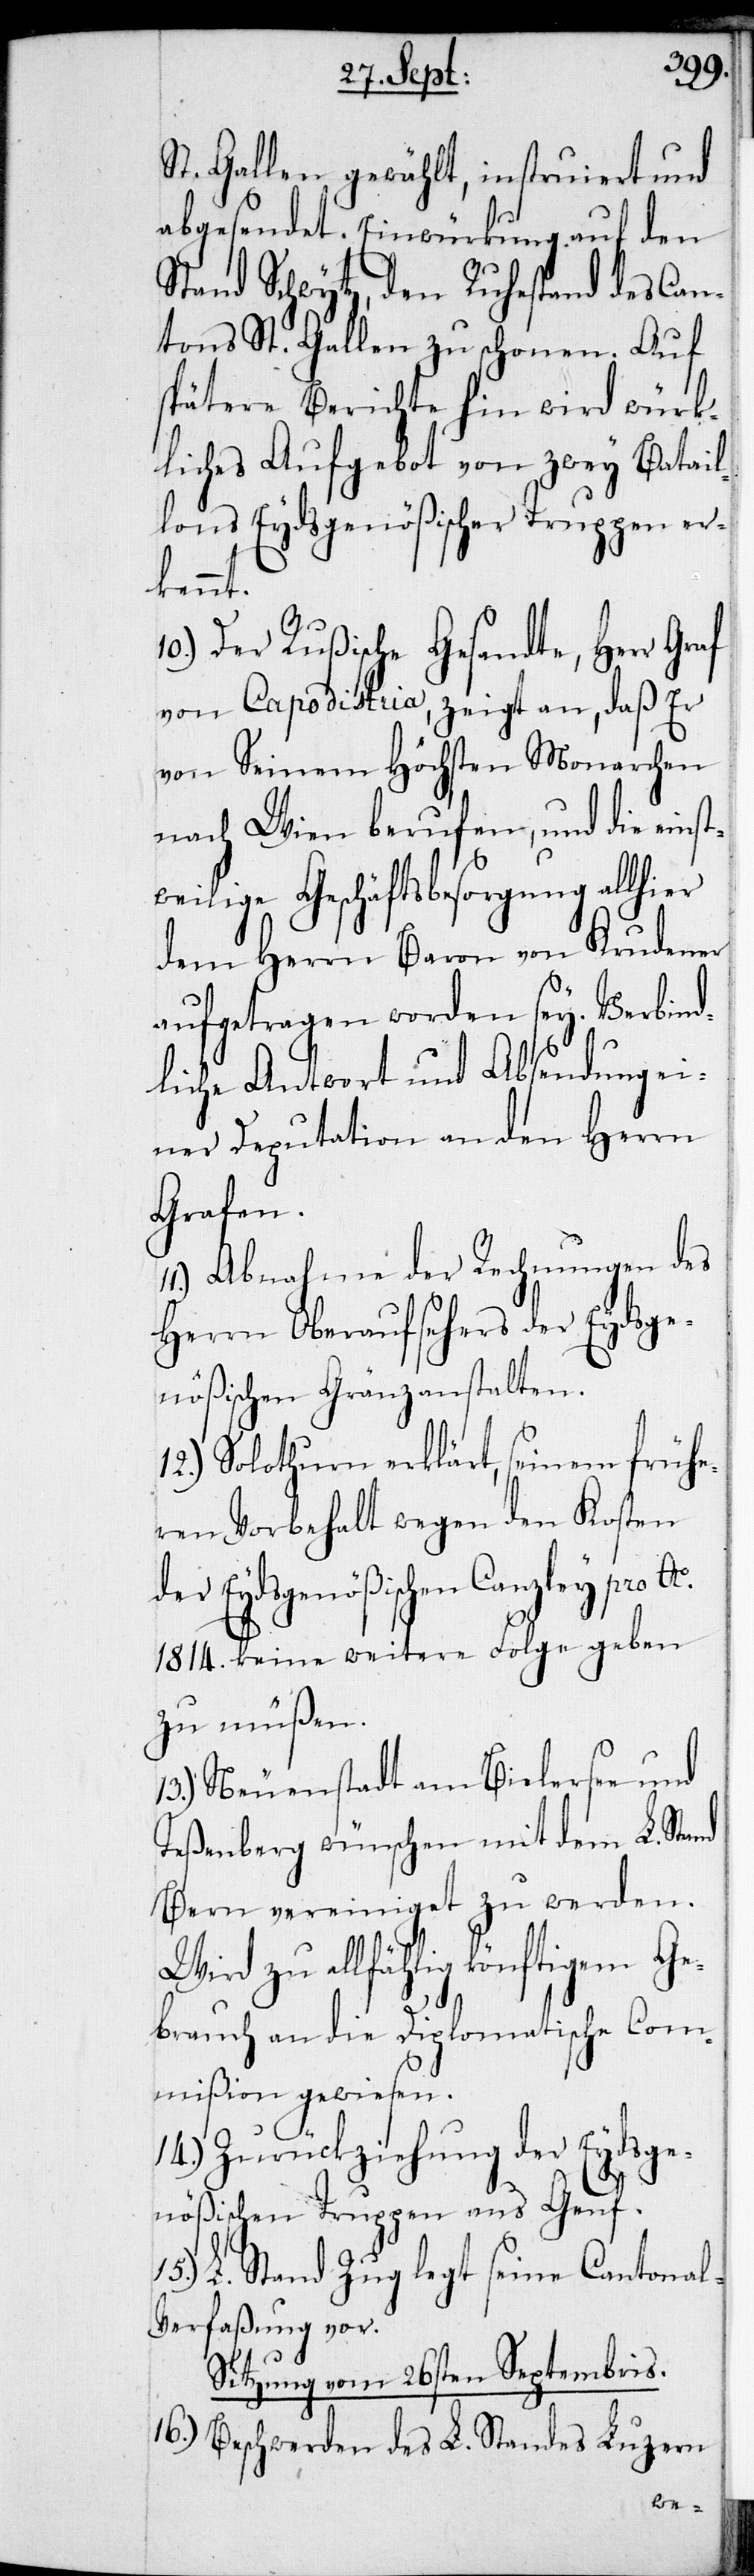
St. Gallen gewählt, instruiert und
abgesendet. Einwürkung auf den
Stand Schwytz, den Ruhestand des Can¬
tons St. Gallen zu schonen. Auf
spätere Berichte hin wird würk¬
liches Aufgebot von zwey Batail¬
lons Eydsgenößischer Truppen er¬
kennt.
10.) Der Rußische Gesandte, Herr Graf
von Capodistria, zeigt an, daß Er
von Seinem Höchsten Monarchen
nach Wien berufen, und die einst¬
weilige Geschäftsbesorgung allhier
dem Herrn Baron von Krudener
aufgetragen worden sey. Verbind¬
liche Antwort und Absendung ei¬
ner Deputation an den Herrn
Grafen.
11.) Abnahme der Rechnungen des
Herrn Oberaufsehers der Eydsge¬
nößischen Gränzanstalten.
12.) Solothurn erklärt, seinem frühe¬
ren Vorbehalt wegen den Kosten
der Eydsgenößischen Canzley pro Ao
1814. keine weitere Folge geben
zu müßen.
13.) Neuenstadt am Bielersee und
Teßenberg wünschen mit dem L. Stand
Bern vereiniget zu werden.
Wird zu allfählig könftigem Ge¬
brauch an die Diplomatische Com¬
mißion gewiesen.
14.) Zurückziehung der Eydsge¬
nößischen Truppen aus Genf.
L. Stand Zug legt seine Cantona¬
l-Verfaßung vor.
Sitzung vom 26sten Septembris.
16.) Beschwerden des L. Standes Luzern